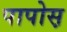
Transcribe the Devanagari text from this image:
पापोस़